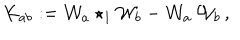
K _ { a b } : = { \cal W } _ { a } \star _ { 1 } { \cal W } _ { b } - { \cal W } _ { a } \, { \cal W } _ { b } \, ,